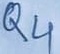
Text: Q4